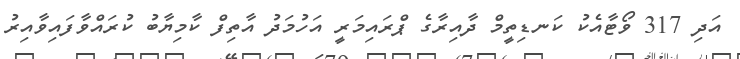
އަދި 317 ވޯޓާއެކު ކަނޑިތީމް ދާއިރާގެ ޕްރައިމަރީ އަހުމަދު އާތިފް ކާމިޔާބު ކުރައްވާފައިވާއިރު